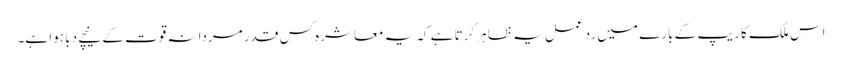
اس ملک کا ریپ کے بارے میں رد عمل یہ ظاہر کرتا ہے کہ یہ معاشرہ کس قدر مردانہ قوت کے نیچے دبا ہوا ہے۔